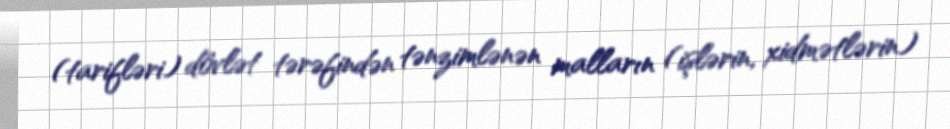
(tarifləri) dövlət tərəfindən tənzimlənən malların (işlərin, xidmətlərin)